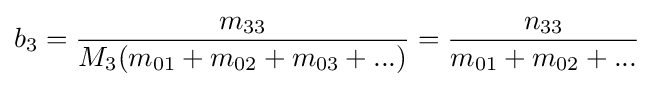
b_{3}={\frac {m_{33}}{M_{3}(m_{01}+m_{02}+m_{03}+...)}}={\frac {n_{33}}{m_{01}+m_{02}+...}}